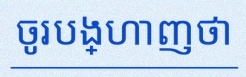
ចូរបង្ហាញថា